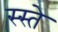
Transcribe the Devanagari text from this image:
स्स्ते